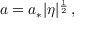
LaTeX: a = a _ { * } | \eta | ^ { \frac { 1 } { 2 } } \, ,